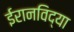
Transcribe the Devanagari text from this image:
ईरानविद्या